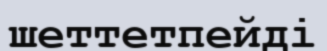
шеттетпейді